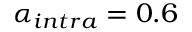
\alpha _ { i n t r a } = 0 . 6